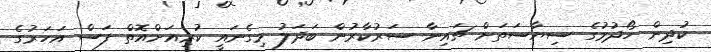
ކުދިން ހޯދުމުގެ ސިޔާސަތަށް ޗައިނާ ސަރުކާރުން ބަދަލު މިގެނައީ ކުރިއަށްއޮތް ފަސް އަހަރުގެ